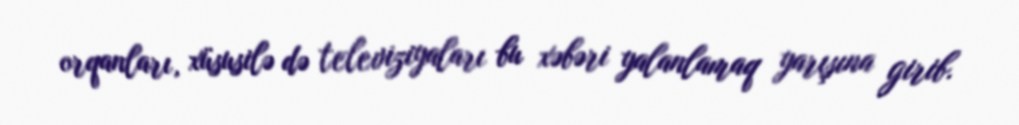
orqanları, xüsusilə də televiziyaları bu xəbəri yalanlamaq yarışına girib.